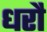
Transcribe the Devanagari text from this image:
धरौ